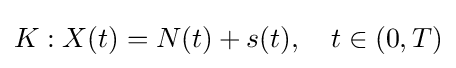
K:X(t)=N(t)+s(t),\quad t\in (0,T)